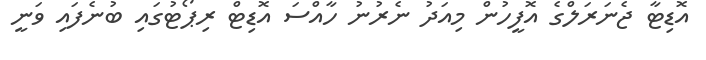
އޮޑިޓާ ޖެނަރަލްގެ އޮފީހުން މިއަދު ނެރުނު ހާއްސަ އޮޑިޓް ރިޕޯޓުގައި ބުނެފައި ވަނީ